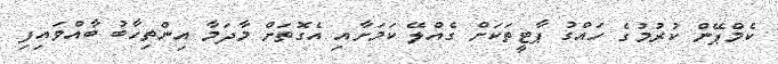
ކެމްޕޭން ކުރުމުގެ ހައްގު ޕާޓީތަކަށް ގެއްލޭ ކަމަށާއި އެގޮތަށް މާދަމާ އިންތިހާބު ބާއްވައިފި